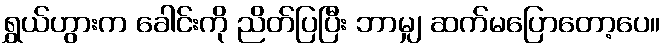
ရွှယ်ဟွားက ခေါင်းကို ညိတ်ပြပြီး ဘာမျှ ဆက်မပြောတော့ပေ။